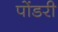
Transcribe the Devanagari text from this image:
पोंडरी